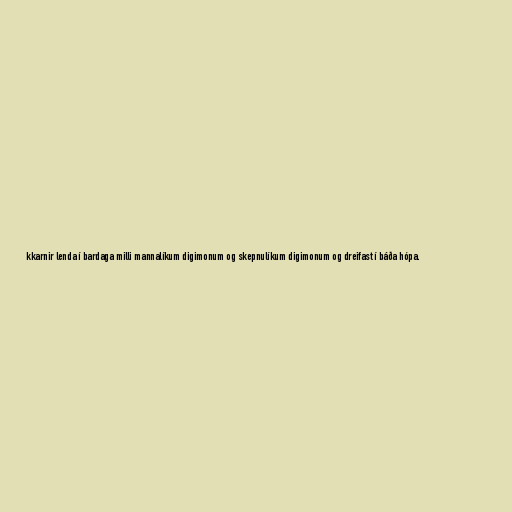
kkarnir lenda í bardaga milli mannalíkum digimonum og skepnulíkum digimonum og dreifast í báða hópa.